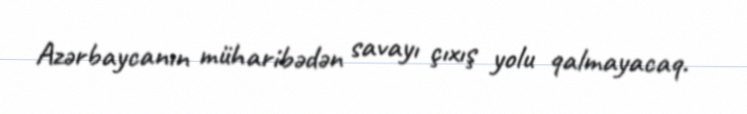
Azərbaycanın müharibədən savayı çıxış yolu qalmayacaq.